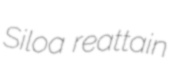
Siloa reattain